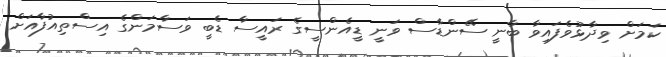
ކަމަށް ވިދާޅުވެފައިވާ ބާނީ ސޭންޑާސް ވަނީ ޑީއެންސީގެ ރައީސާ ޑެބީ ވަސާމަންގެ އިސްތިއުފާއަށް